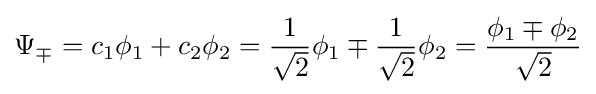
\Psi _{\mp }=c_{1}\phi _{1}+c_{2}\phi _{2}={\frac {1}{\sqrt {2}}}\phi _{1}\mp {\frac {1}{\sqrt {2}}}\phi _{2}={\frac {\phi _{1}\mp \phi _{2}}{\sqrt {2}}}